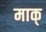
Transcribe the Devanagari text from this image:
माक्